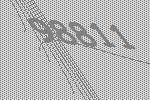
98811